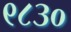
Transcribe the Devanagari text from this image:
९८३०